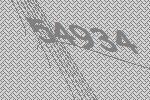
54934